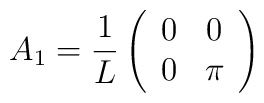
A_1 = \frac{1}{L} \left( \begin{array}{cc}0 & 0 \\0 & \pi \end{array}\right)